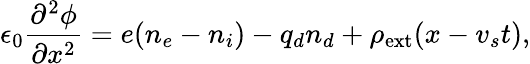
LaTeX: \epsilon_{0}\frac{\partial^{2}\phi}{\partial x^{2}}=e(n_{e}-n_{i})-q_{d}n_{d}+\rho_{\mathrm{ext}}(x-v_{s}t),